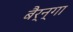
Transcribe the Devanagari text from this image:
बैर्न्गा